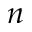
{ n }